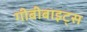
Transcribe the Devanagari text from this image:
गीबीबाइट्स